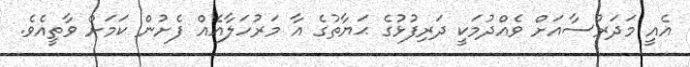
އެއީ މަދަރުސާއަށް ވެއްދުމަކީ ދަރިފުޅުގެ ޙަޔާތުގެ އާ މަރުހަލާއެއް ފެށުން ކަމަށް ވާތީއެވެ.